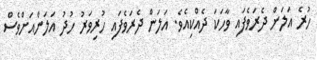
ހުރެ އަލަން ދެރަވެފައި ވާހަކަ ދެއްކިއެވެ. އަލަން ދެރަވެފައި ހުރިވަރު ހުދު އަލަންއަށްވެސް